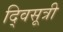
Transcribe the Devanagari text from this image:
द्विसूत्री